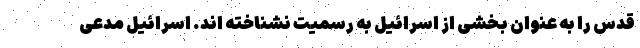
قدس را به عنوان بخشی از اسرائیل به رسمیت نشناخته اند. اسرائیل مدعی